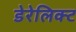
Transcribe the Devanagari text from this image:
डेरेलिक्ट